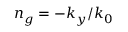
n _ { g } = - k _ { y } / k _ { 0 }